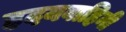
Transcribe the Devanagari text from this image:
ह्रदयवाहिनी